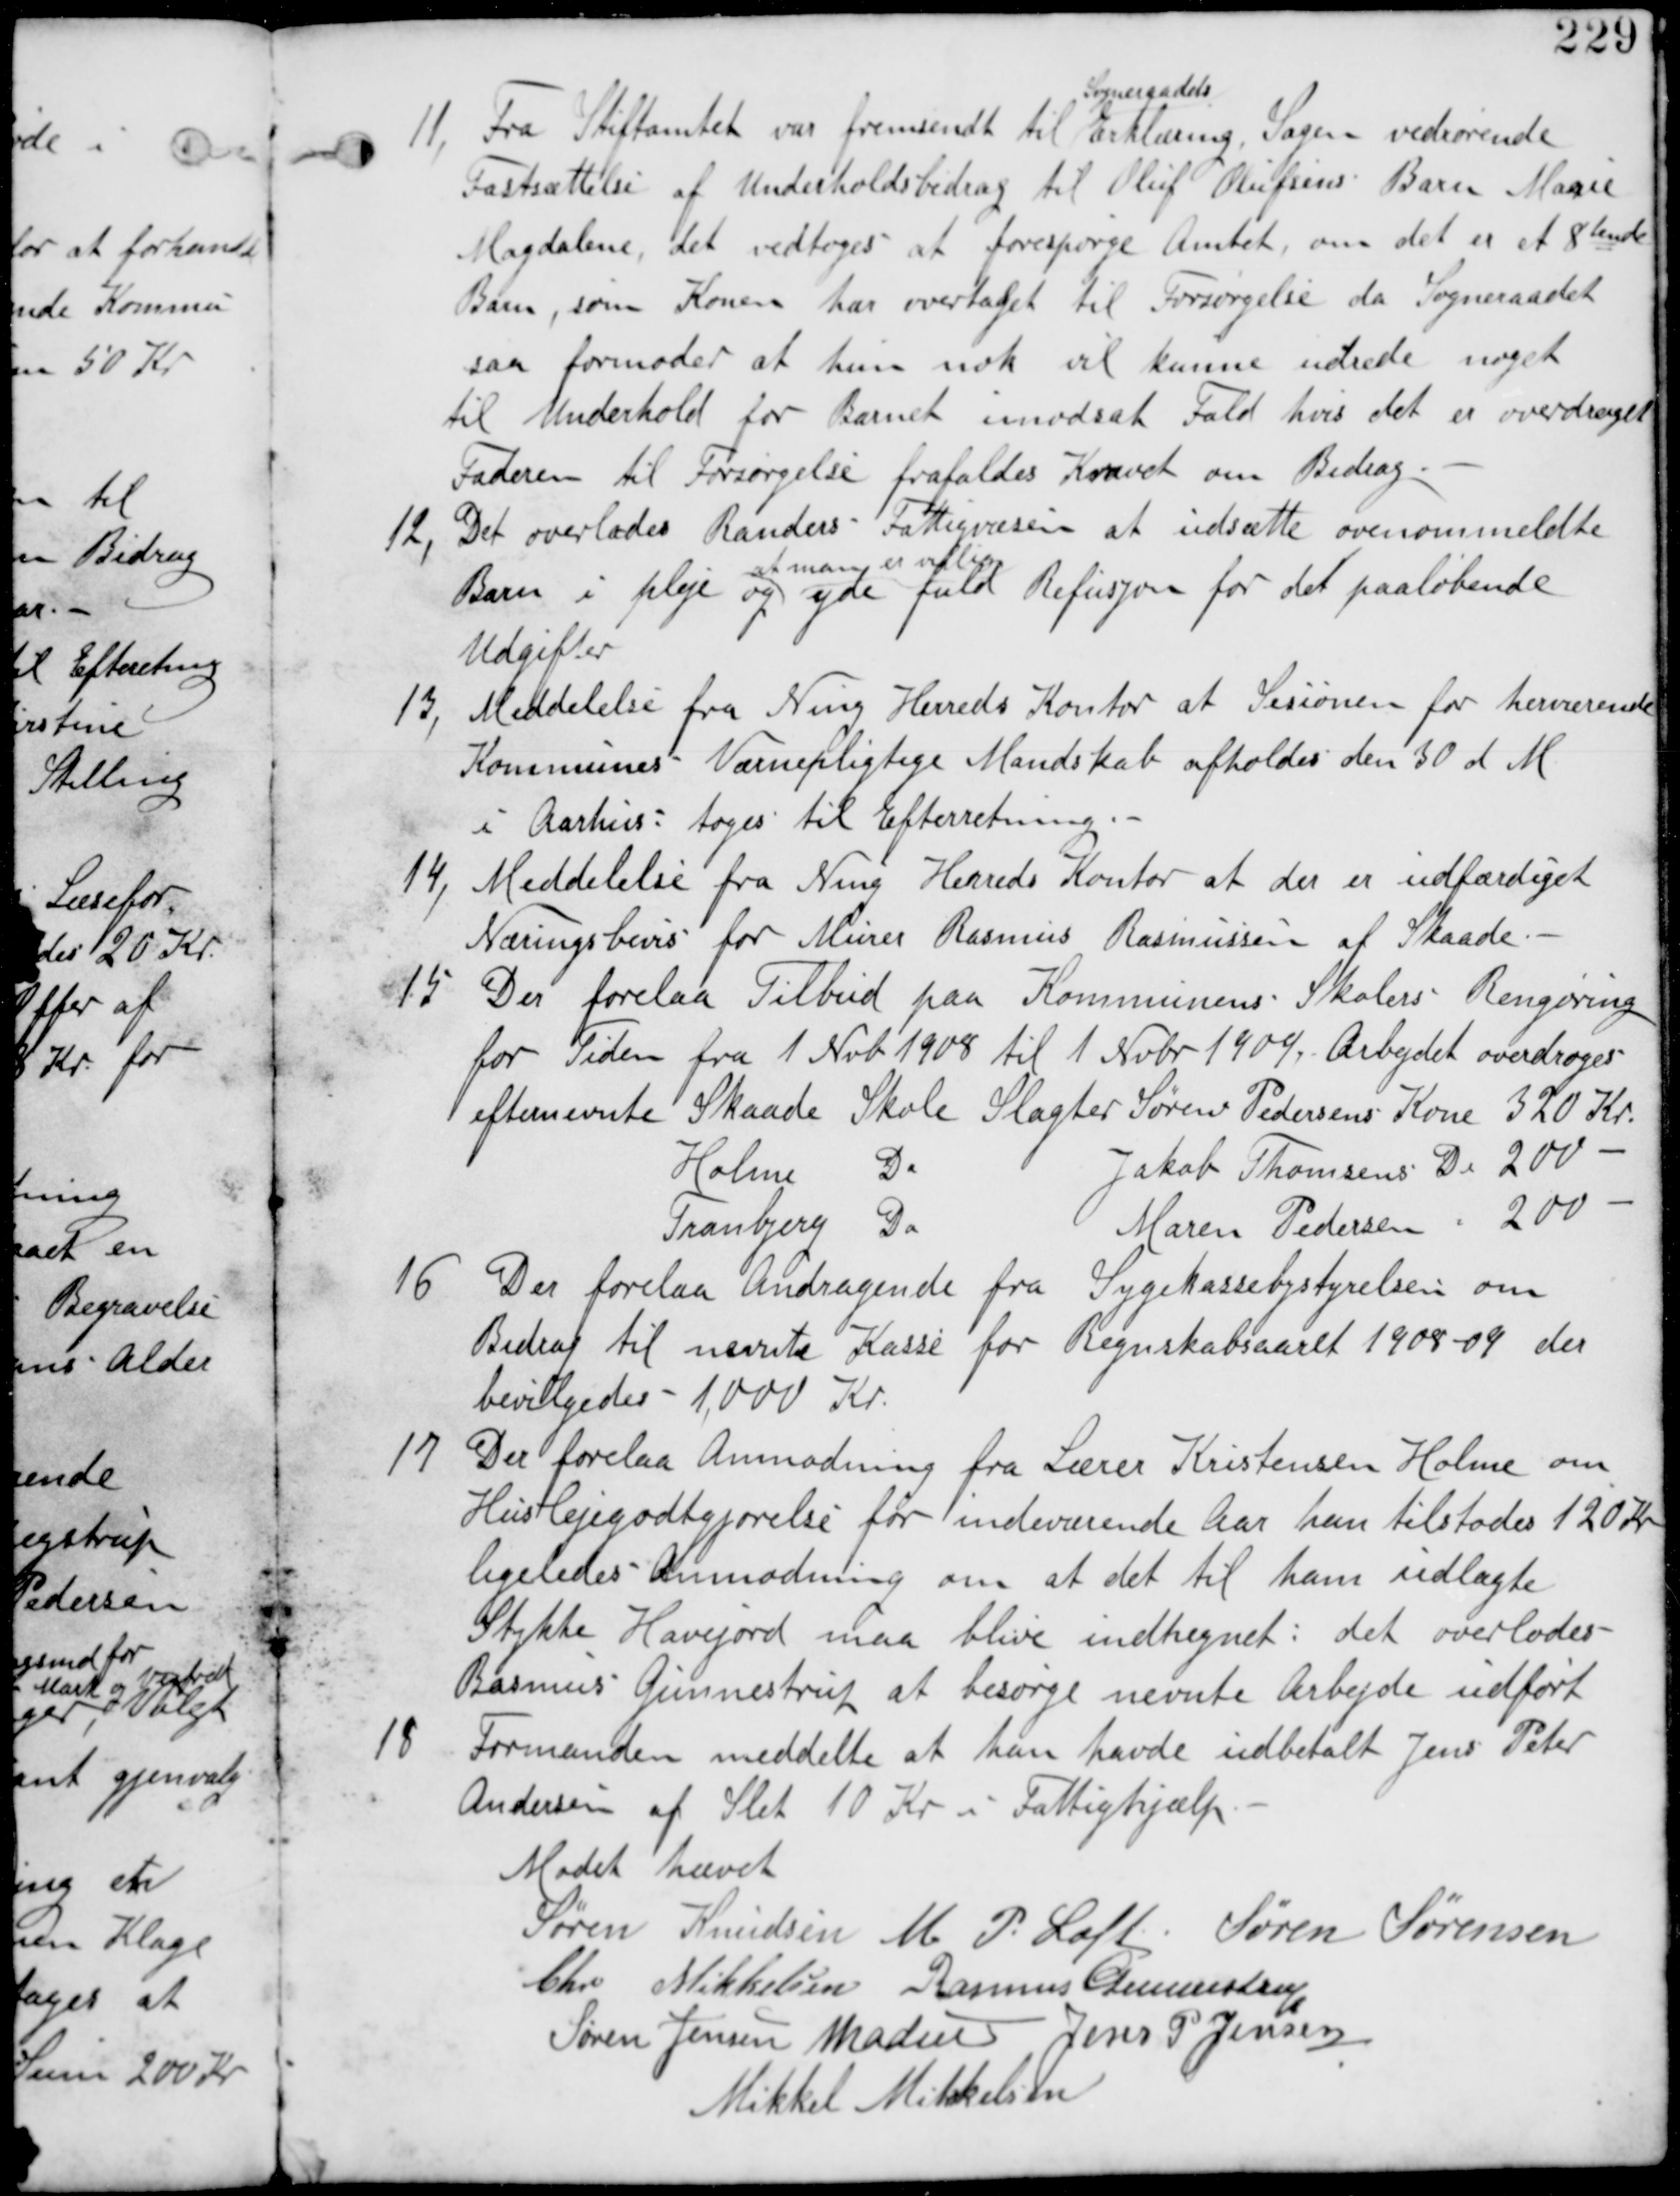
Transskription:
11, Fra Stiftamtet var fremsendt til
Sogneraadets
Erklæring, Sagen vedrørende
Fastsættelse af Underholdsbidrag til Oluf Olufsens Barn Marie
Magdalene, det vedtages at forespørge Amtet om det er et 8tende
Barn, som Konen har Overtaget til Forsørgelse da Sogneraadet
saa formoder at hun nok vil kunne udrede noget
til Underhold for Barnet imodsat Fald hvis det er overdraget
Faderen til Forsørgelse frafaldes Kravet om Bidrag.

12, Det overlades Randers Fattigvæsen at udsætte ovenom nævnte
Barn i pleje og
at man er villig
yde fuld Refusjon for det paaløbende
Udgifter.

13, Meddelelse fra Ning Herreds Kontor at Sesionen for herværende
Kommunes Værnepligtige Mandskab afholdes den 30 d M
i Aarhus : tages til Efterretning

14, Meddelelse fra Ning Herreds Kontor at der er udfærdiget
Næringsbevis for Murer Rasmus Rasmussen af Skaade.

15 Der forelaa Tilbud paa Kommunens Skolers Rengøring
for Tiden fra 1 Nvb 1908 til 1 Nvbr 1909. Arbejdet overdrages
efternævnte Skaade Skole Slagter Søren Pedersens Kone 320 Kr
Holme Do Jakob Thomsens Do 200 -
Tranbjerg Do Maren Pedersen - 200 -

16 Der forelaa Andragende fra Sygekassestyrelsen om
Bidrag til nævnte Kasse for Regnskabsaaret 1908-09 der
bevilgedes 1000 Kr

19 Der forelaa Anmodning fra Lærer Kristensen Holme om
Huslejegjodtgjørrelse for indeværende Aar han tilstodes 120 Kr
ligeledes Anmodning om at det til ham udlagte
Stykke Havejord maa blive indhegnet : det overlodes
Rasmus Gunnestrup at besørge nævnte Arbejde udført.

18
Formanden meddelte at han havde udbetalt Jens Peter
Andersen af Sleth 10 Kr i Fattighjælp.

Mødet hævet
Søren Knudsen M P Loft Søren Sørensen
Chr Mikkelsen Rasmus Gunnestrup
Søren Jensen Madsen Jens Jensen
Mikkel Mikkelsen